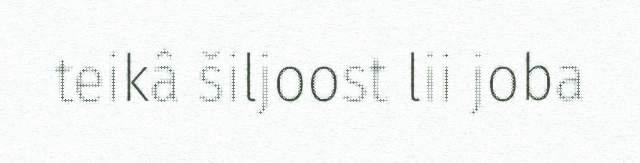
teikâ šiljoost lii joba